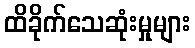
ထိခိုက်သေဆုံးမှုများ